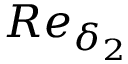
R e _ { \delta _ { 2 } }